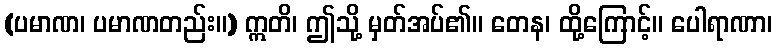
(ပမာဏ၊ ပမာဏတည်း။) ဣတိ၊ ဤသို့ မှတ်အပ်၏။ တေန၊ ထို့ကြောင့်။ ပေါရာဏာ၊